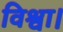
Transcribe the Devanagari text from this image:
विश्वा।